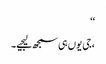
‘‘
،جی یوں ہی سمجھ لیجیے۔